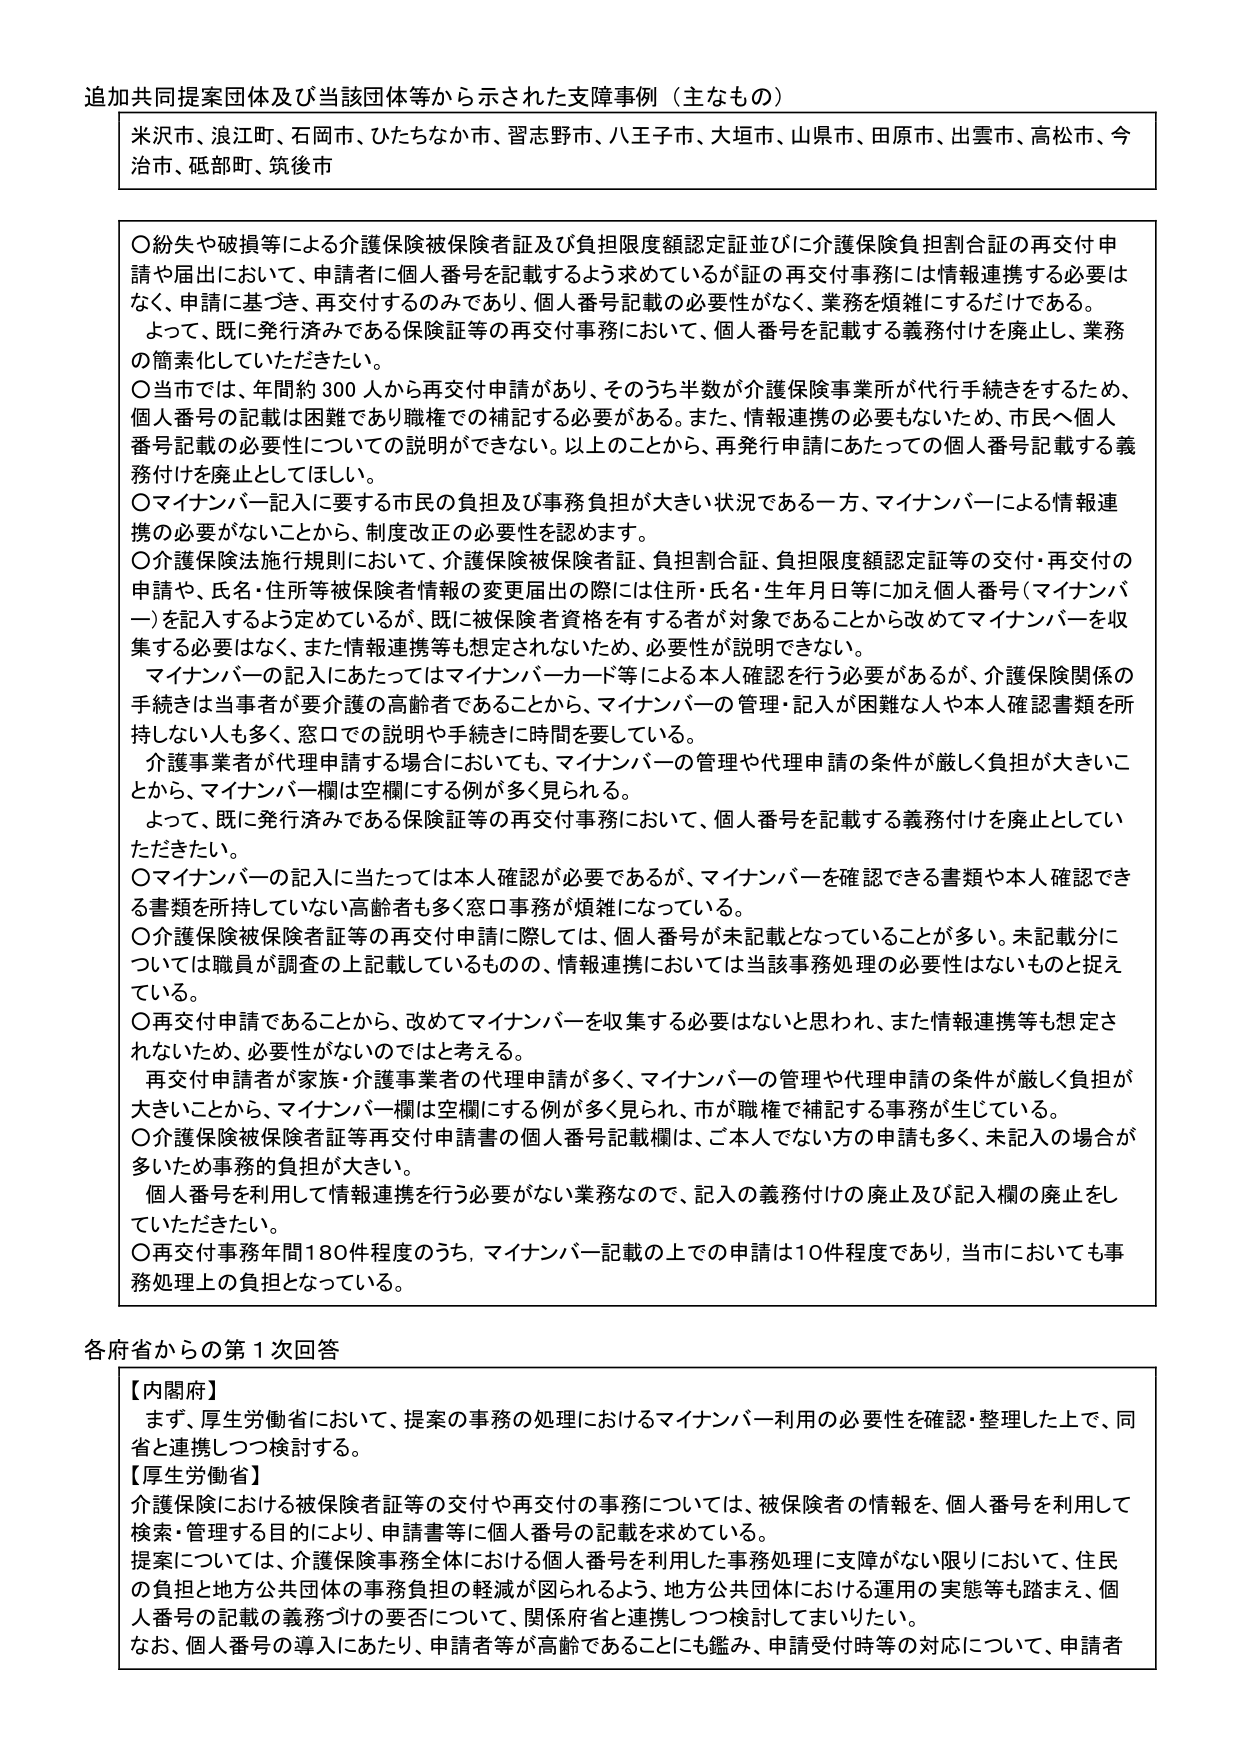
追加共同提案団体及び当該団体等から示された支援事例（主なもの）

米沢市、浪江町、石岡市、ひたちなか市、習志野市、八王子市、大垣市、山県市、田原市、出雲市、高松市、今治市、砥部町、筑後市

〇紛失や破損等による介護保険被保険者証及び負担限度額認定証並びに介護保険負担割合証の再交付申請や届出において、申請者に個人番号を記載するよう求めているが証の再交付事務には情報連携する必要はなく、申請に基づき、再交付するのみであり、個人番号記載の必要性がなく、業務を煩雑にするだけである。
　よって、既に発行済みである保険証等の再交付事務において、個人番号を記載する義務付けを廃止し、業務の簡素化していただきたい。
〇当市では、年間約300人から再交付申請があり、そのうち半数が介護保険事業所が代行手続きをするため、個人番号の記載は困難であり職権での補記する必要がある。また、情報連携の必要もないため、市民へ個人番号記載の必要性についての説明ができない。以上のことから、再発行申請にあたっての個人番号記載する義務付けを廃止としてほしい。
〇マイナンバー記入に要する市民の負担及び事務負担が大きい状況である一方、マイナンバーによる情報連携の必要がないことから、制度改正の必要性を認めます。
〇介護保険法施行規則において、介護保険被保険者証、負担割合証、負担限度額認定証等の交付・再交付の申請や、氏名・住所等被保険者情報の変更届出の際には住所・氏名・生年月日等に加え個人番号（マイナンバー）を記入するよう定めているが、既に被保険者資格を有する者が対象であることから改めてマイナンバーを収集する必要はなく、また情報連携等も想定されないため、必要性が説明できない。
　マイナンバーの記入にあたってはマイナンバーカード等による本人確認を行う必要があるが、介護保険関係の手続きは当事者が要介護の高齢者であることから、マイナンバーの管理・記入が困難な人や本人確認書類を所持しない人も多く、窓口での説明や手続きに時間を要している。
　介護事業者で代理申請する場合においても、マイナンバーの管理や代理申請の条件が厳しく負担が大きいことから、マイナンバー欄は空欄にする例が多く見られる。
　よって、既に発行済みである保険証等の再交付事務において、個人番号を記載する義務付けを廃止としていただきたい。
〇マイナンバーの記入に当たっては本人確認が必要であるが、マイナンバーを確認できる書類や本人確認できる書類を所持していない高齢者も多く窓口事務が煩雑になっている。
〇介護保険被保険者証等の再交付申請に際しては、個人番号が未記載となっていることが多い。未記載分については職員が調査の上記載しているものの、情報連携においては当該事務処理の必要性はないものと捉えている。
〇再交付申請であることから、改めてマイナンバーを収集する必要はないと思われ、また情報連携等も想定されないため、必要性がないのではと考える。
　再交付申請者が家族・介護事業者の代理申請が多く、マイナンバーの管理や代理申請の条件が厳しく負担が大きいことから、マイナンバー欄は空欄にする例が多く見られ、市が職権で補記する事務が生じている。
〇介護保険被保険者証等再交付申請書の個人番号記載欄は、ご本人でない方の申請も多く、未記入の場合が多いため事務の負担が大きい。
　個人番号を利用して情報連携を行う必要がない業務なので、記入の義務付けの廃止及び記入欄の廃止をしていただきたい。
〇再交付事務年間180件程度のうち、マイナンバー記載の上での申請は10件程度であり、当市においても事務処理上の負担となっている。

各府省からの第1次回答

【内閣府】
　まず、厚生労働省において、提案の事務の処理におけるマイナンバー利用の必要性を確認・整理した上で、同省と連携しつつ検討する。
【厚生労働省】
　介護保険における被保険者証等の交付や再交付の事務については、被保険者の情報を、個人番号を利用して検索・管理する目的により、申請書等に個人番号の記載を求めている。
　提案については、介護保険事務全体における個人番号を利用した事務処理に支障がない限りにおいて、住民の負担と地方公共団体の事務負担の軽減が図られるよう、地方公共団体における運用の実態等も踏まえ、個人番号の記載の義務づけの要否について、関係府省と連携しつつ検討してまいりたい。
　なお、個人番号の導入にあたり、申請者等が高齢であることにも鑑み、申請受付時等の対応について、申請者